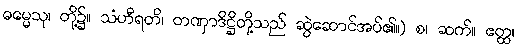
ဓမ္မေသု၊ တို့၌။ သံဟီရတိ၊ တဏှာဒိဋ္ဌိတို့သည် ဆွဲဆောင်အပ်၏။) စ၊ ဆက်။ ဧတ္ထ၊